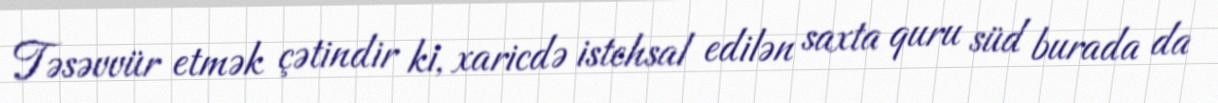
Təsəvvür etmək çətindir ki, xaricdə istehsal edilən saxta quru süd burada da